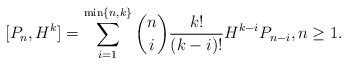
LaTeX: \begin{align*}[P_n, H^k] = \sum\limits_{i=1}^{\min\{n,k\}} \binom{n}{i} \frac{k!}{(k-i)!} H^{k-i} P_{n-i},n \geq 1.\end{align*}